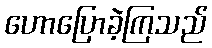
ဟောပြောခဲ့ကြသည်